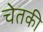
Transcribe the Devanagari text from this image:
चेतकी